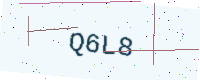
Text: Q6L8